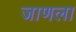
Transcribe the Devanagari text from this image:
जाणला